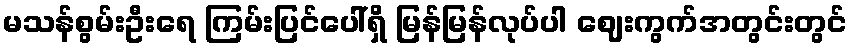
မသန်စွမ်းဦးရေ ကြမ်းပြင်ပေါ်ရှိ မြန်မြန်လုပ်ပါ ဈေးကွက်အတွင်းတွင်